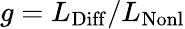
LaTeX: g=L_{\mathrm{Diff}}/L_{\mathrm{Nonl}}